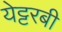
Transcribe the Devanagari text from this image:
येट्टरबी